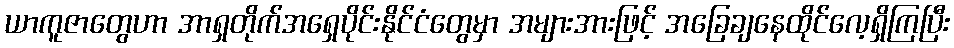
ယာကူဇာတွေဟာ အာရှတိုက်အရှေပိုင်းနိုင်ငံတွေမှာ အများအားဖြင့် အခြေချနေထိုင်လေ့ရှိကြပြီး